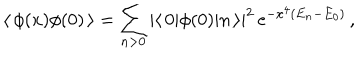
LaTeX: \langle \, \phi ( x ) \phi ( 0 ) \, \rangle = \sum _ { n > 0 } | \langle \, 0 | \phi ( 0 ) | n \, \rangle | ^ { 2 } \, \mathrm { e } ^ { - x ^ { 4 } ( E _ { n } - E _ { 0 } ) } \, ,